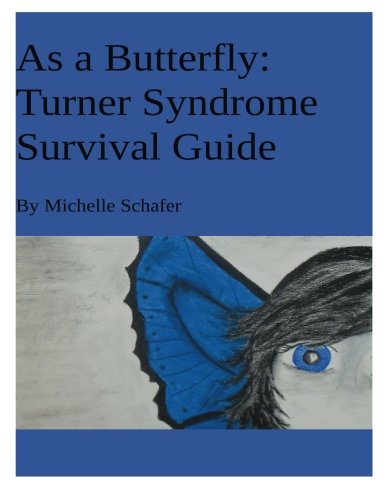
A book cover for As A Butterfly: Turner Syndrome Survival Guide; Michelle Schafer; Teen & Young Adult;